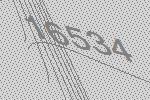
16534